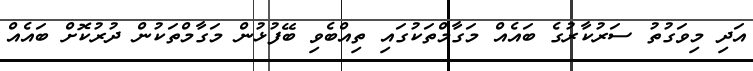
އަދި މިވަގުތު ސަރުކާރުގެ ބައެއް މަގާމްތަކުގައި ތިއްބެވި ބޭފުޅުން މަގާމްތަކުން ދުރުކޮށް ބައެއް